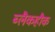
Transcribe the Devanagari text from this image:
ब्लैकहौक